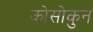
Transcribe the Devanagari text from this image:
कोसोकुन